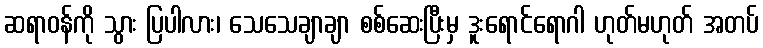
ဆရာဝန်ကို သွား ပြပါလား၊ သေသေချာချာ စစ်ဆေးပြီးမှ ဒူးရောင်ရောဂါ ဟုတ်မဟုတ် အတပ်